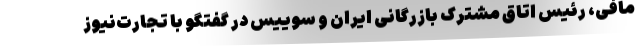
مافی، رئیس اتاق مشترک بازرگانی ایران و سوییس در گفتگو با تجارت‌نیوز